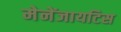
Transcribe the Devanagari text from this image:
मेनेंजायटिस